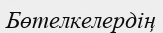
Бөтелкелердің